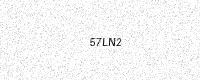
Text: 57LN2